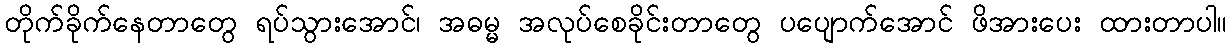
တိုက်ခိုက်နေတာတွေ ရပ်သွားအောင်၊ အဓမ္မ အလုပ်စေခိုင်းတာတွေ ပပျောက်အောင် ဖိအားပေး ထားတာပါ။